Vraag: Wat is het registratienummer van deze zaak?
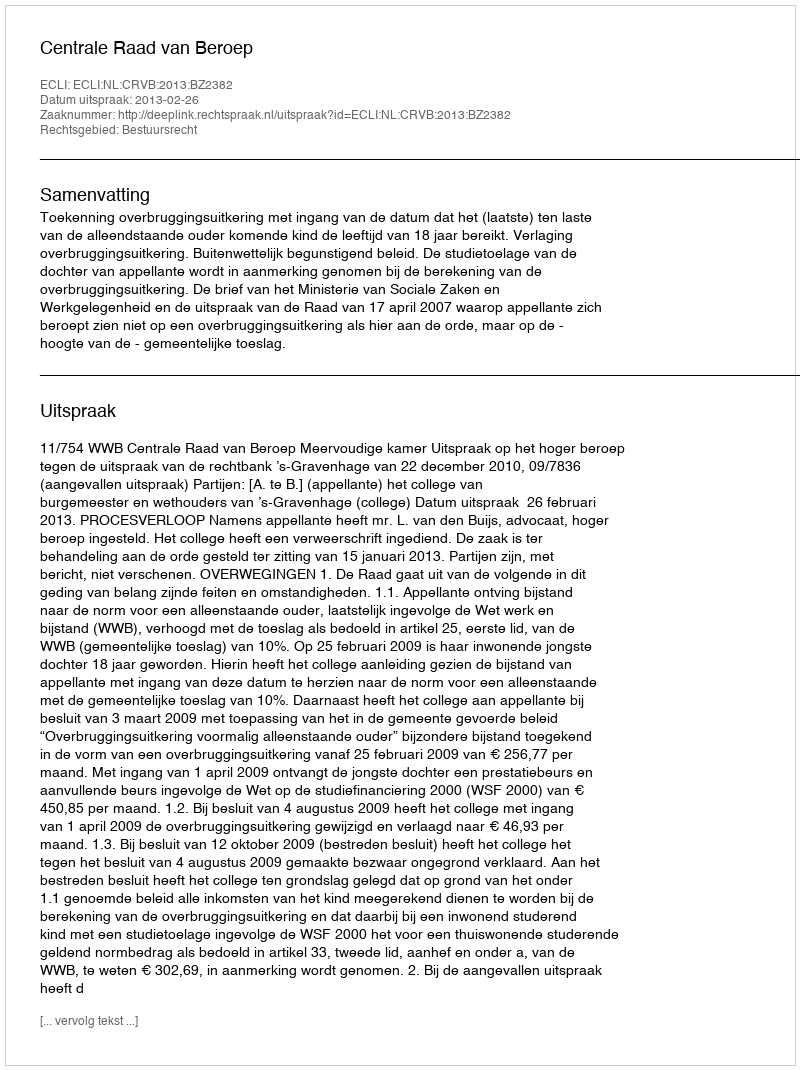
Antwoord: http://deeplink.rechtspraak.nl/uitspraak?id=ECLI:NL:CRVB:2013:BZ2382